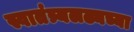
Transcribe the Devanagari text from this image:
स्वातंत्र्यलढ्यच्या